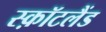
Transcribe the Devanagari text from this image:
स्क़ॉटलैंड